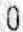
0